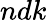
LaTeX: ndk